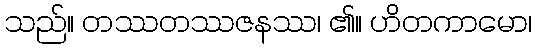
သည်။ တဿတဿဇနဿ၊ ၏။ ဟိတကာမော၊